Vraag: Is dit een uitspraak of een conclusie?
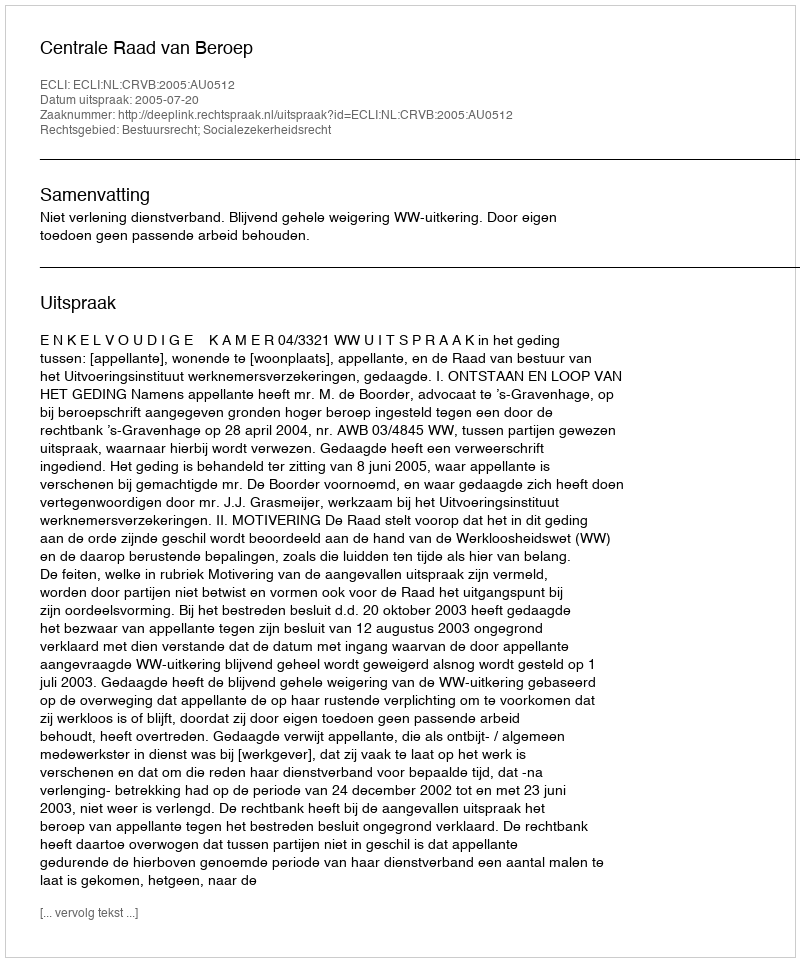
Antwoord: Uitspraak